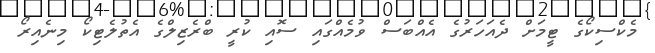
މެކްސިކޯގެ ޓީމަށް ދެއަހަރުގެ އެއްބަސް ވުމެއްގައި ސޮއި ކުރީ ބްރެޒިލްގެ އެތުލެޓިކޯ މިނެއިރޯ